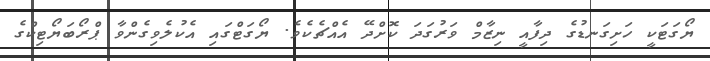
ޔޯގަޓަކީ ހަށިގަނޑުގެ ދިފާއީ ނިޒާމް ވަރުގަދަ ކޮށްދޭ އެއްޗެކެވެ. ޔޯގަޓްގައި އެކުލެވިގެންވާ ޕްރޯބަޔޯޓިކްގެ